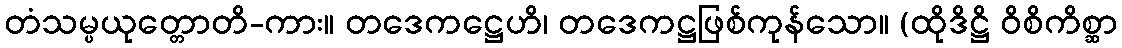
တံသမ္ပယုတ္တောတိ-ကား။ တဒေကဋ္ဌေဟိ၊ တဒေကဋ္ဌဖြစ်ကုန်သော။ (ထိုဒိဋ္ဌိ ဝိစိကိစ္ဆာ